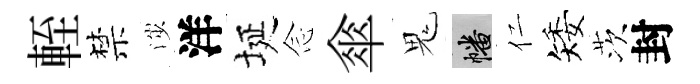
輊禁渉洋埏𫝹傘鬼幡仁矮茨封